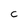
Character: C